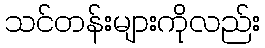
သင်တန်းများကိုလည်း